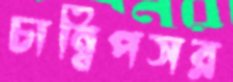
চান্নিপসর